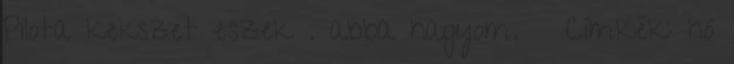
Pilota kekszet eszek . abba hagyom. 😜 Címkék: hó